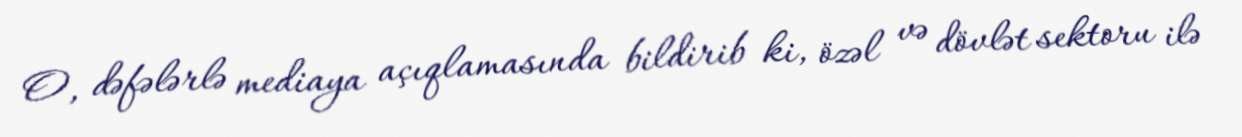
O, dəfələrlə mediaya açıqlamasında bildirib ki, özəl və dövlət sektoru ilə